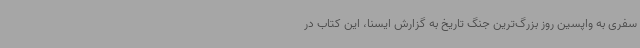
سفری به واپسین روز بزرگ‌ترین جنگ تاریخ به گزارش ایسنا، این کتاب در